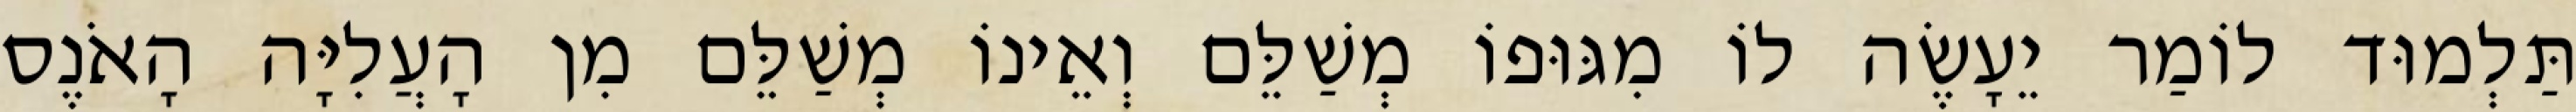
תַּלְמוּד לוֹמַר יֵעָשֶׂה לוֹ מִגּוּפוֹ מְשַׁלֵּם וְאֵינוֹ מְשַׁלֵּם מִן הָעֲלִיָּה הָאֹנֶס